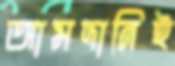
আমদানিই